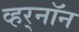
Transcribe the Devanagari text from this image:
व्हर्‌नॉन